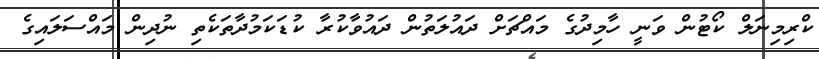
ކްރިމިނަލް ކޯޓުން ވަނީ ހާމިދުގެ މައްޗަށް ދައުލަތުން ދައުވާކުރާ ކުޑަކަމުދާތަކެތި ނުދިން މައްސަލައިގެ